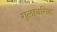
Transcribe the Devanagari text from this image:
गुलाबसिह